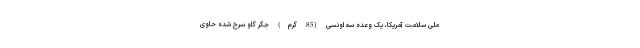
ملی سلامت آمریکا، یک وعده سه اونسی (85 گرم) جگر گاو سرخ شده حاوی